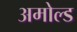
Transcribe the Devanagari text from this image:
अमोल्ड